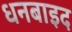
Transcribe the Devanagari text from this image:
धनबाइद